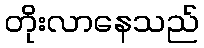
တိုးလာနေသည်